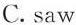
A. sees B. see C. Saw